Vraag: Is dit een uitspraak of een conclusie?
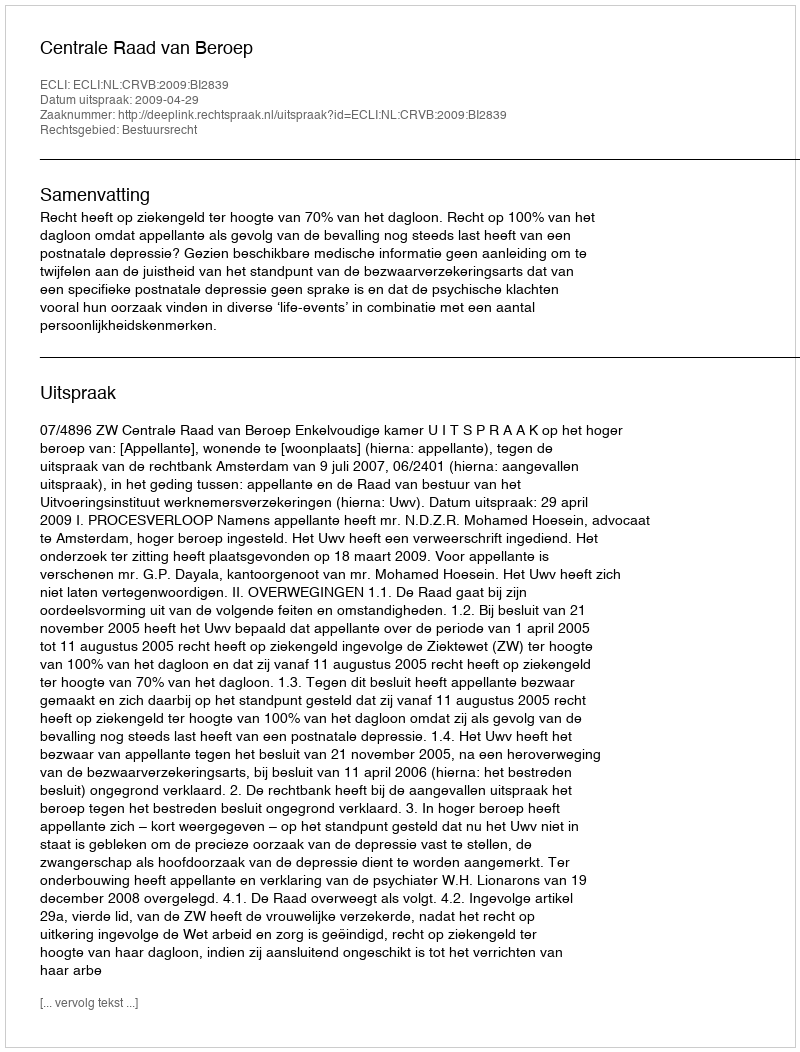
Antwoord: Uitspraak